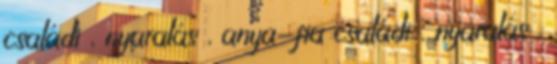
családi , nyaralás , anya-fia családi , nyaralás ,